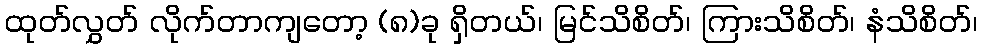
ထုတ်လွှတ် လိုက်တာကျတော့ (၈)ခု ရှိတယ်၊ မြင်သိစိတ်၊ ကြားသိစိတ်၊ နံသိစိတ်၊